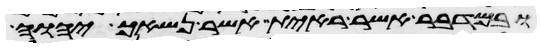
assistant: ובמדבר אשר ראית אשר נשאך יהוה